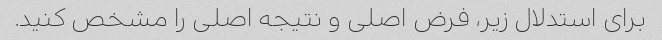
برای استدلال زیر، فرض اصلی و نتیجه اصلی را مشخص کنید.